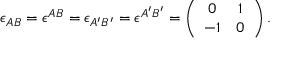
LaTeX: \epsilon _ { A B } = \epsilon ^ { A B } = \epsilon _ { A ^ { \prime } B ^ { \prime } } = \epsilon ^ { A ^ { \prime } B ^ { \prime } } = \left( \begin{array} { c c } { { 0 } } & { { 1 } } \\ { { - 1 } } & { { 0 } } \end{array} \right) .